Annual administration report of the Civil Veterinary Department of India - 1892-1893
Year: 1892
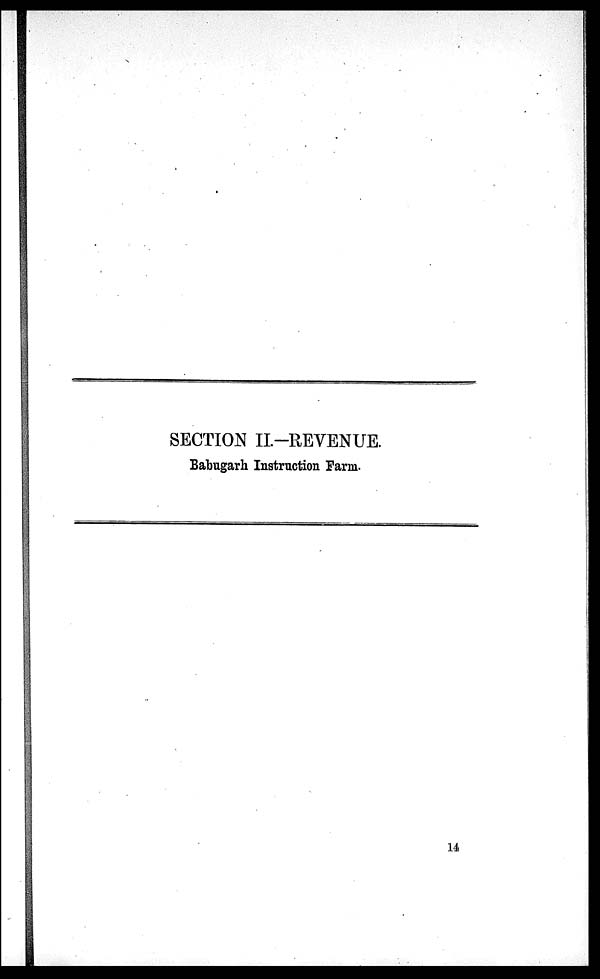
SECTION II.-REVENUE.
Babugarh Instruction Farm.
14